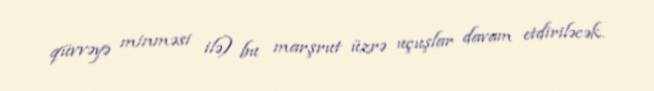
qüvvəyə minməsi ilə) bu marşrut üzrə uçuşlar davam etdiriləcək.